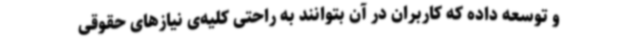
و توسعه داده که کاربران در آن بتوانند به راحتی کلیه‌ی نیازهای حقوقی